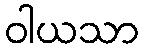
ဝါယသာ